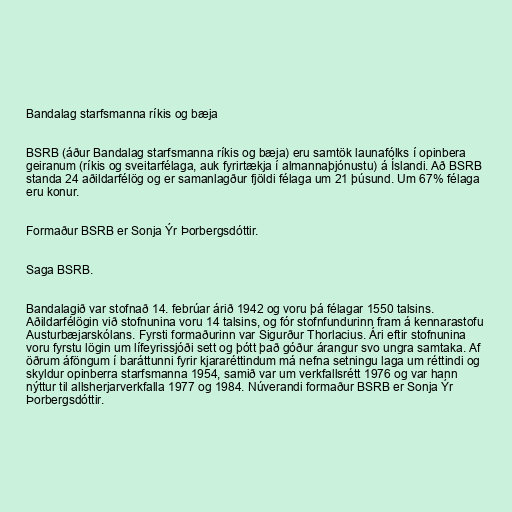
Bandalag starfsmanna ríkis og bæja

BSRB (áður Bandalag starfsmanna ríkis og bæja) eru samtök launafólks í opinbera
geiranum (ríkis og sveitarfélaga, auk fyrirtækja í almannaþjónustu) á Íslandi. Að BSRB
standa 24 aðildarfélög og er samanlagður fjöldi félaga um 21 þúsund. Um 67% félaga
eru konur.

Formaður BSRB er Sonja Ýr Þorbergsdóttir.

Saga BSRB.

Bandalagið var stofnað 14. febrúar árið 1942 og voru þá félagar 1550 talsins.
Aðildarfélögin við stofnunina voru 14 talsins, og fór stofnfundurinn fram á kennarastofu
Austurbæjarskólans. Fyrsti formaðurinn var Sigurður Thorlacius. Ári eftir stofnunina
voru fyrstu lögin um lífeyrissjóði sett og þótt það góður árangur svo ungra samtaka. Af
öðrum áföngum í baráttunni fyrir kjararéttindum má nefna setningu laga um réttindi og
skyldur opinberra starfsmanna 1954, samið var um verkfallsrétt 1976 og var hann
nýttur til allsherjarverkfalla 1977 og 1984. Núverandi formaður BSRB er Sonja Ýr
Þorbergsdóttir.